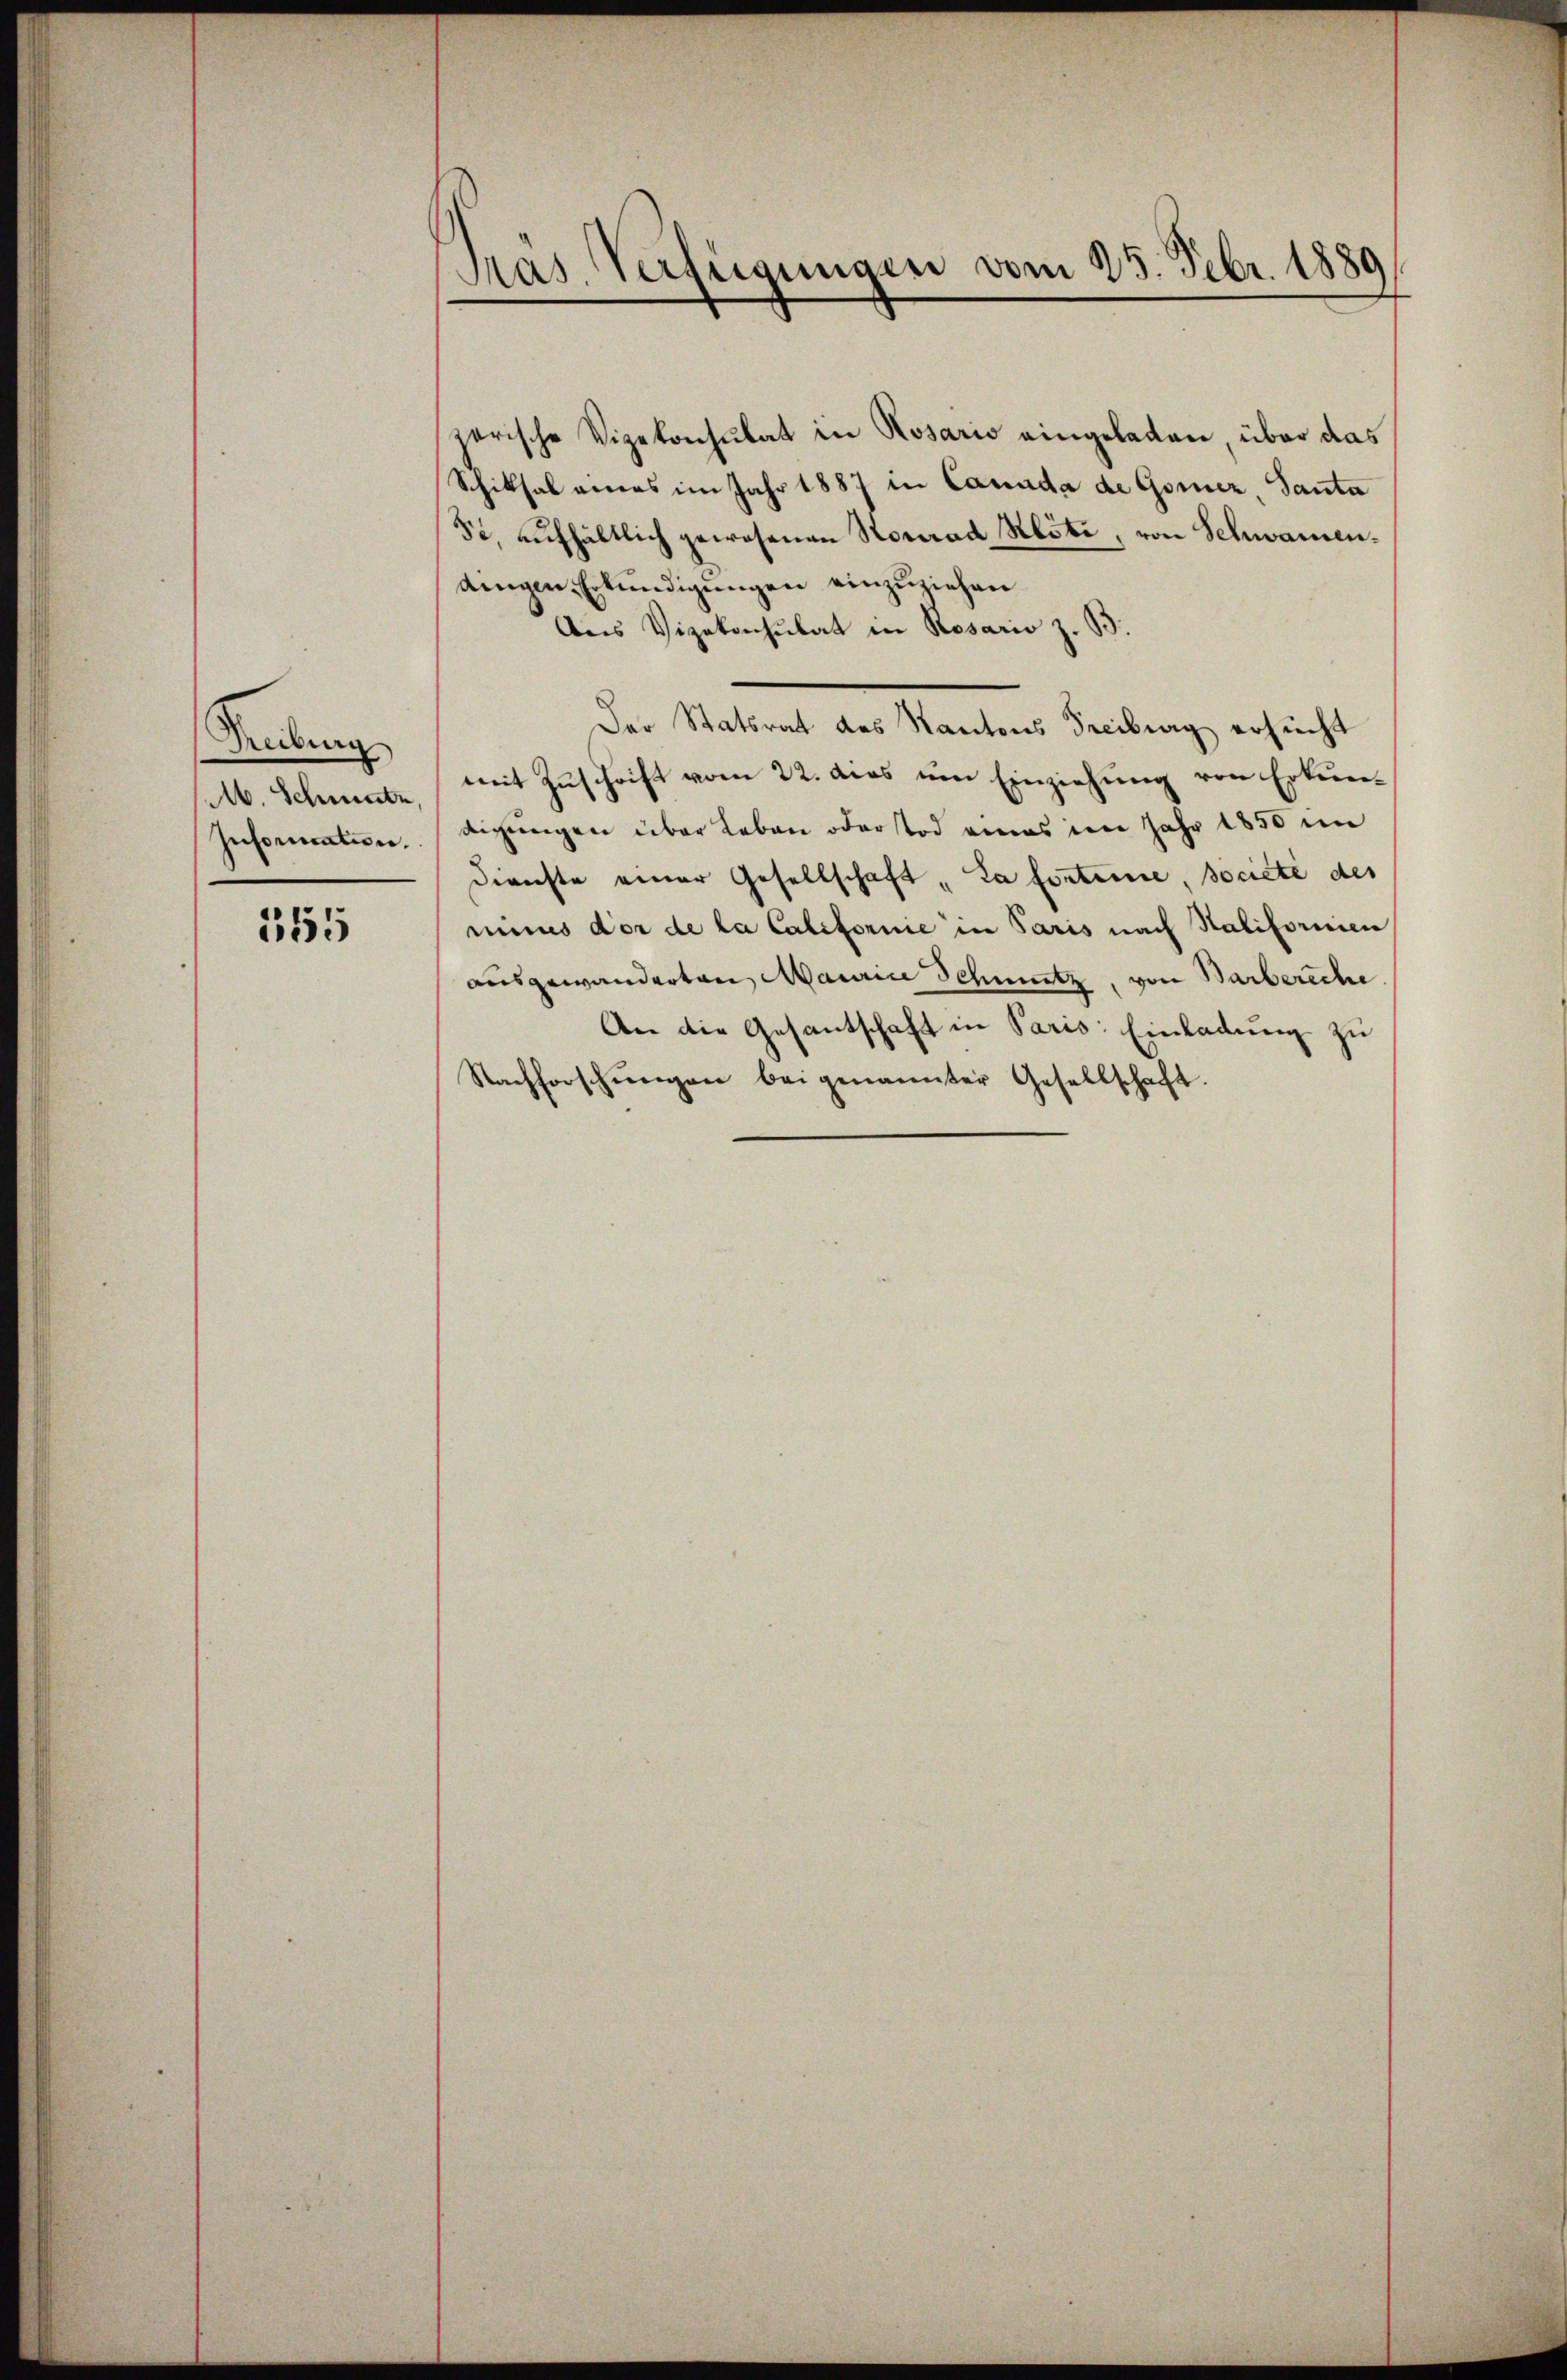
Freibung
Ab. Schnete,
Inforication.

555

Pras, Verfügungen vom 25. Febr. 1880

zerische Vizekonsulat in Rosario eingeladen über das
Schiksal eners im Jahr 1887 in Canada de Gorner Santa
5. aufhältlich gewesenen Stonrad Nöti, von Schwamendingen Erkundigungen einzuziehen
Aus Vizekonsulat in Rosario z. B.
Der Statsrat des Kantons Freiburg ersucht
mit Zuschrift vom 22. dies um Einziehung von Erkundigŭngen über Leben oder Tod eines im Jahr 1850 im
Dienste einer Gesellschaft „La forteme, société des
minus der de la Californie in Paris nach Salifornien
ausgewanderten Maurice Schmutz, von Barbereche
An die Gesantschaft in Paris. Einladung zu
Nachforschŭenzen beigenannter Gesellschaft.